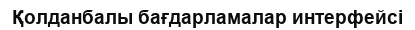
Қолданбалы бағдарламалар интерфейсі